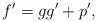
LaTeX: \begin{align*}f'=gg'+p',\end{align*}